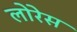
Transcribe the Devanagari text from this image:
लोरेस